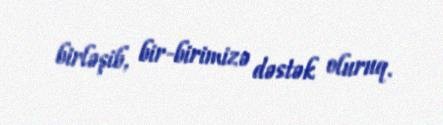
birləşib, bir-birimizə dəstək oluruq.